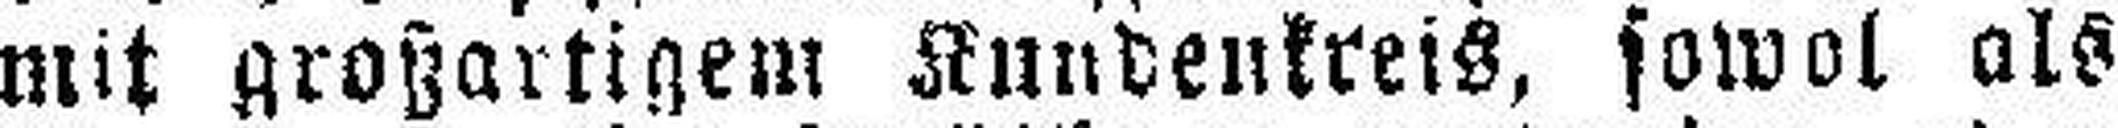
mit großartigem Kundenkreis, sowol als